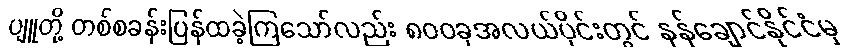
ပျူတို့ တစ်စခန်းပြန်ထခဲ့ကြသော်လည်း ၈၀၀ခုအလယ်ပိုင်းတွင် နန်ချောင်နိုင်ငံမှ